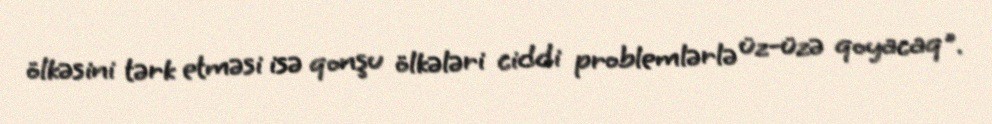
ölkəsini tərk etməsi isə qonşu ölkələri ciddi problemlərlə üz-üzə qoyacaq".